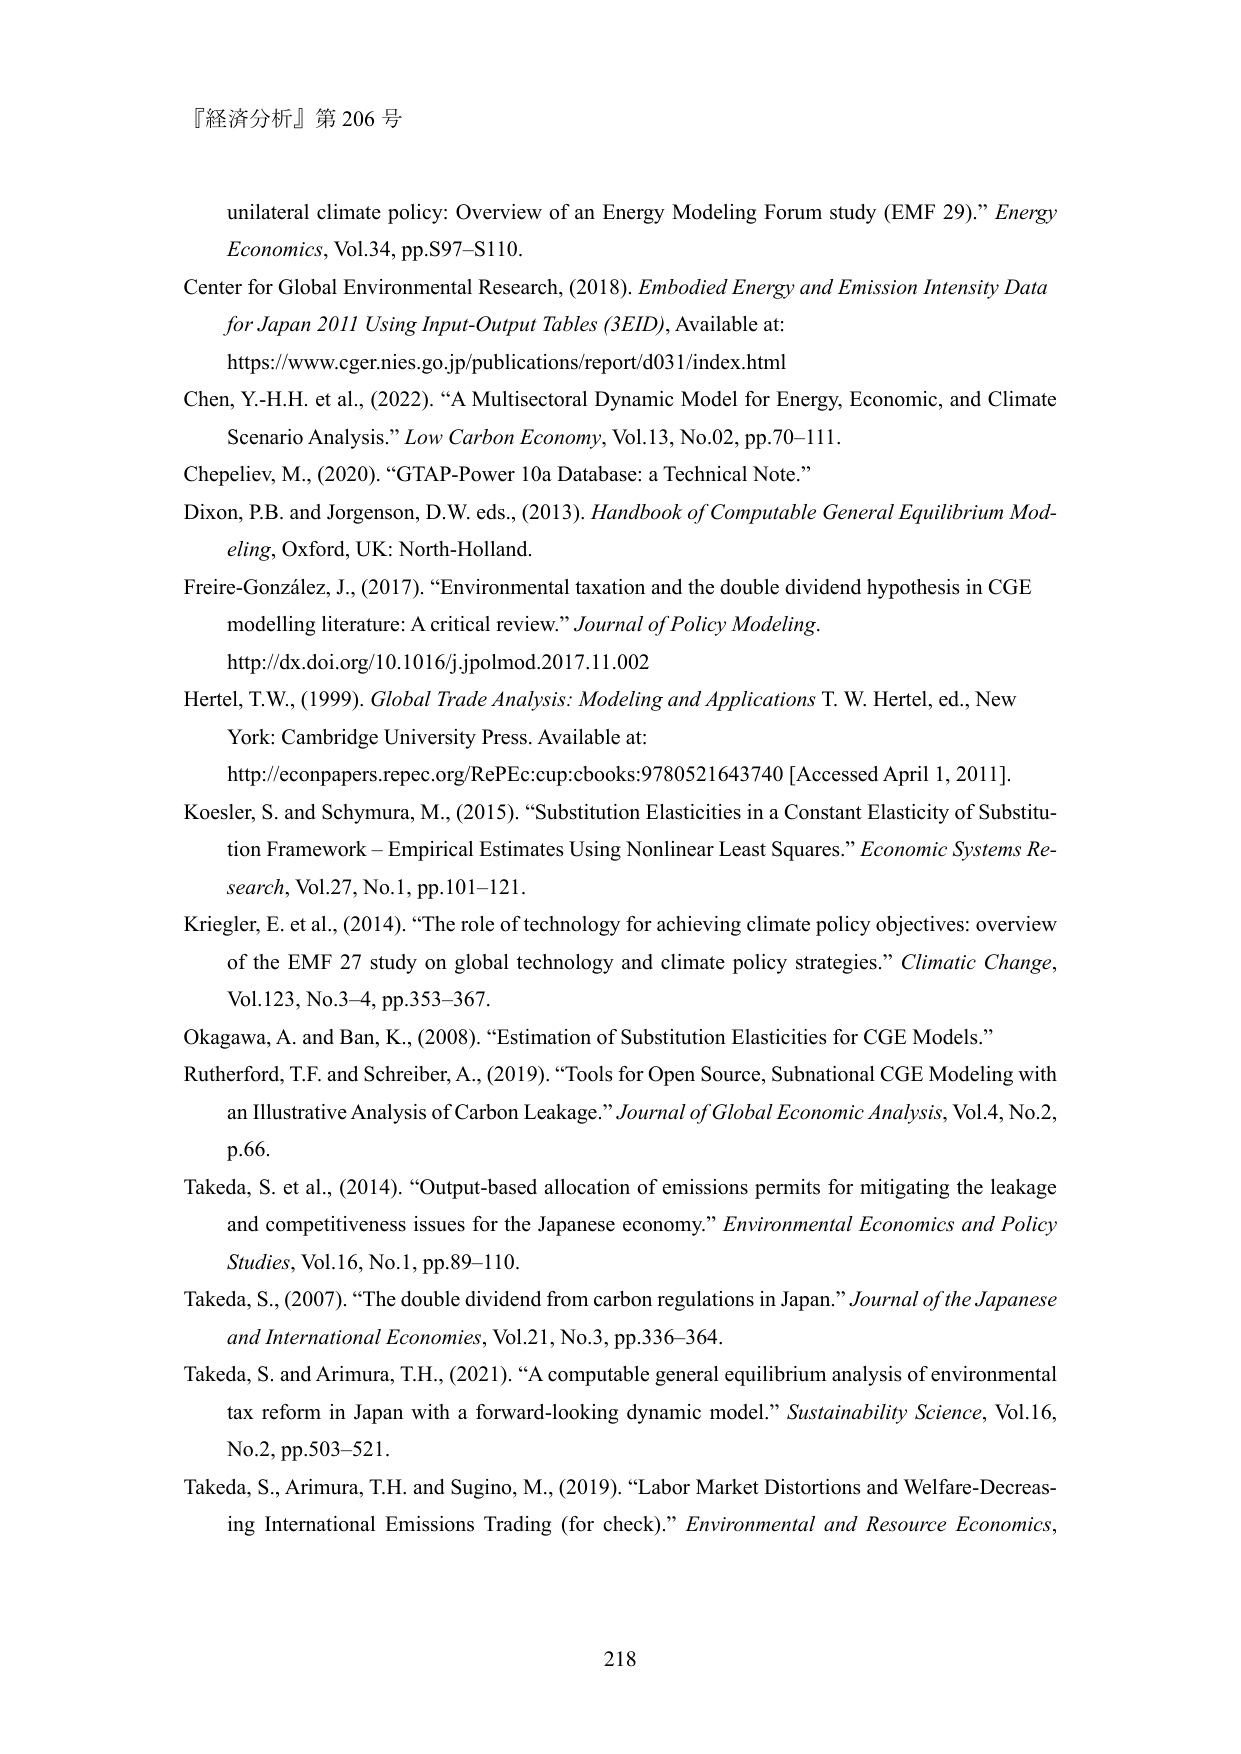
『経済分析』第 206 号

unilateral climate policy: Overview of an Energy Modeling Forum study (EMF 29).” Energy Economics, Vol.34, pp.S97–S110.

Center for Global Environmental Research, (2018). Embodied Energy and Emission Intensity Data for Japan 2011 Using Input-Output Tables (3EID), Available at: https://www.cger.nies.go.jp/publications/report/d031/index.html

Chen, Y.-H.H. et al., (2022). “A Multisectoral Dynamic Model for Energy, Economic, and Climate Scenario Analysis.” Low Carbon Economy, Vol.13, No.02, pp.70–111.

Chepeliev, M., (2020). “GTAP-Power 10a Database: a Technical Note.”

Dixon, P.B. and Jorgenson, D.W. eds., (2013). Handbook of Computable General Equilibrium Modeling, Oxford, UK: North-Holland.

Freire-González, J., (2017). “Environmental taxation and the double dividend hypothesis in CGE modelling literature: A critical review.” Journal of Policy Modeling. http://dx.doi.org/10.1016/j.jpolmod.2017.11.002

Hertel, T.W., (1999). Global Trade Analysis: Modeling and Applications T. W. Hertel, ed., New York: Cambridge University Press. Available at: http://econpapers.repec.org/RePEc:cup:cbooks:9780521643740 [Accessed April 1, 2011].

Koesler, S. and Schymura, M., (2015). “Substitution Elasticities in a Constant Elasticity of Substitution Framework – Empirical Estimates Using Nonlinear Least Squares.” Economic Systems Research, Vol.27, No.1, pp.101–121.

Kriegler, E. et al., (2014). “The role of technology for achieving climate policy objectives: overview of the EMF 27 study on global technology and climate policy strategies.” Climatic Change, Vol.123, No.3–4, pp.353–367.

Okagawa, A. and Ban, K., (2008). “Estimation of Substitution Elasticities for CGE Models.”

Rutherford, T.F. and Schreiber, A., (2019). “Tools for Open Source, Subnational CGE Modeling with an Illustrative Analysis of Carbon Leakage.” Journal of Global Economic Analysis, Vol.4, No.2, p.66.

Takeda, S. et al., (2014). “Output-based allocation of emissions permits for mitigating the leakage and competitiveness issues for the Japanese economy.” Environmental Economics and Policy Studies, Vol.16, No.1, pp.89–110.

Takeda, S., (2007). “The double dividend from carbon regulations in Japan.” Journal of the Japanese and International Economies, Vol.21, No.3, pp.336–364.

Takeda, S. and Arimura, T.H., (2021). “A computable general equilibrium analysis of environmental tax reform in Japan with a forward-looking dynamic model.” Sustainability Science, Vol.16, No.2, pp.503–521.

Takeda, S., Arimura, T.H. and Sugino, M., (2019). “Labor Market Distortions and Welfare-Decreasing International Emissions Trading (for check).” Environmental and Resource Economics,

218